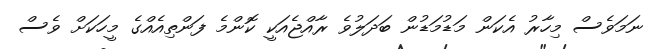
ނަމަވެސް މިހާރު އެކަން މަޑުމަޑުން ބަދަލުވެ ރާއްޖެއަކީ ކޮންމެ ފަންތިއެއްގެ މީހަކަށް ވެސް